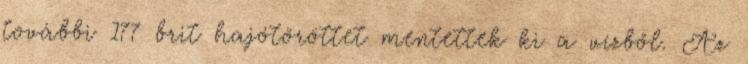
további 177 brit hajótöröttet mentettek ki a vízből. Az